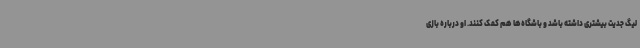
لیگ جدیت بیشتری داشته باشد و باشگاه‌ها هم کمک کنند. او درباره بازی